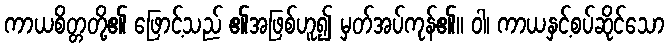
ကာယစိတ္တတို့၏ ဖြောင့်သည် ၏အဖြစ်ဟူ၍ မှတ်အပ်ကုန်၏။ ဝါ၊ ကာယနှင့်စပ်ဆိုင်သော